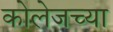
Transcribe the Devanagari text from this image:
कोलेजच्या